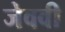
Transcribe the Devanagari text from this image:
जेववी